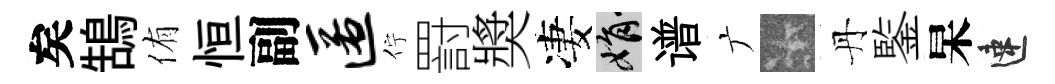
矣鵠侑恒副匿佇罸奬凄娟谱广卡丹鍳杲速